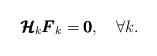
LaTeX: \begin{align*} \pmb{\mathcal{H}}_k\pmb{F}_k = \pmb{0},\,\,\,\,\,\, \forall k.\end{align*}